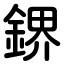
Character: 鎅